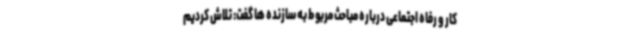
کار و رفاه اجتماعی درباره مباحث مربوط به سازنده ها گفت: تلاش کردیم